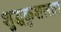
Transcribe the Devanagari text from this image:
शुद्धकुशलता